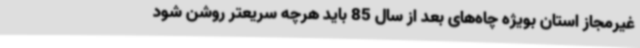
غیرمجاز استان بویژه چاه‌های بعد از سال 85 باید هرچه سریعتر روشن شود